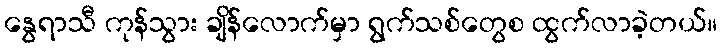
နွေရာသီ ကုန်သွား ချိန်လောက်မှာ ရွက်သစ်တွေစ ထွက်လာခဲ့တယ်။